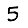
Digit: 5